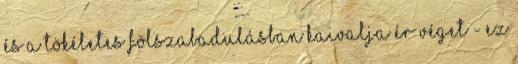
és a tökéletes fölszabadulásban kaivalja ér véget - ez